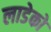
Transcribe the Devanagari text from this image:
लाडेको